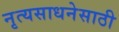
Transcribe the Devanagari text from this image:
नृत्यसाधनेसाठी